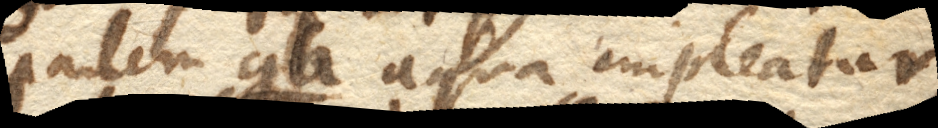
partem gh. aqua impleatur,